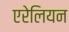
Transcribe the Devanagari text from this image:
एरेलियन